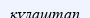
құлаштап